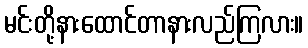
မင်းတို့နားထောင်တာနားလည်ကြလား။